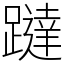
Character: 躂